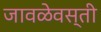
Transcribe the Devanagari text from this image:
जावळेवस्ती